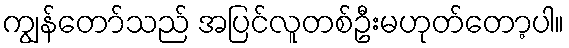
ကျွန်တော်သည် အပြင်လူတစ်ဦးမဟုတ်တော့ပါ။